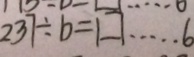
2 3 7 \div b = \square \cdots 6